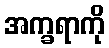
အက္ခရာကို